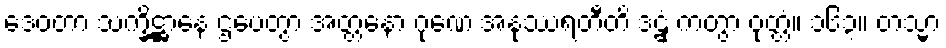
ဒေဝတာ သက္ခိဋ္ဌာနေ ဌပေတွာ အတ္တနော ဂုဏေ အနုဿရတီတိ ဒဠှံ ကတွာ ဝုတ္တံ။ ၁၆၃။ တသ္မာ